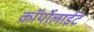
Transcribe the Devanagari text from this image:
कॉर्पोलाईट